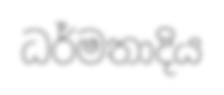
ධර්මතාදිය